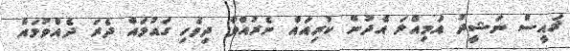
ޜައީސް ނަޝީދު އަމިއްލަ އެދުން ކުރިއައް ނެރުއްވާ ދިވެހި ގައުމައް ދެރަ ދެއްވުމައް